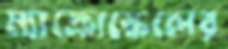
ম্যাক্রোস্কেলের